Annual administration report of the Civil Veterinary Department of India - 1906-1907
Year: 1906
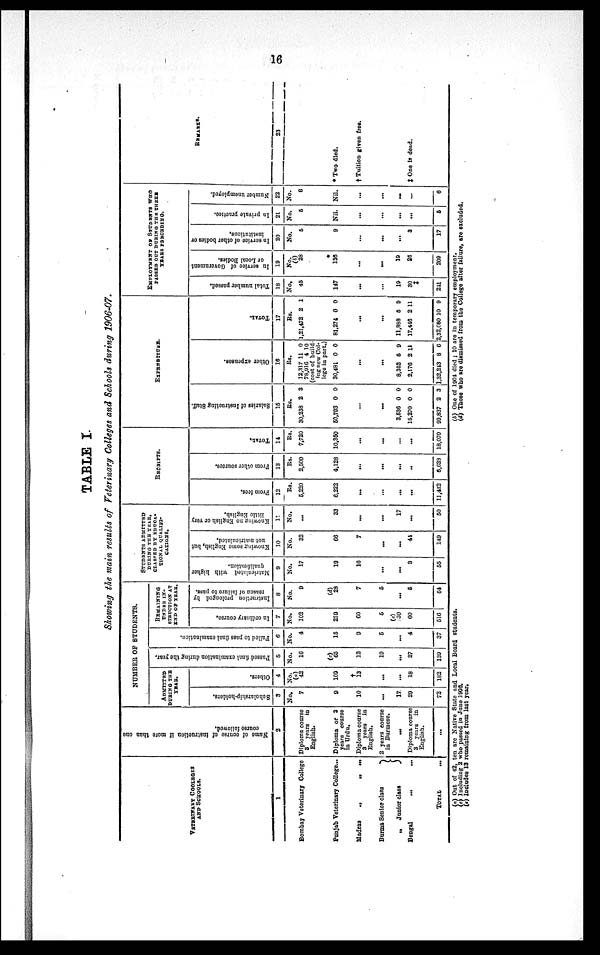
16
TABLE I.
Showing the main results of Veterinary Colleges and Schools during 1906-07.
VETERINARY COOLEGES
AND SCHOOLS.
1
Bombay Veterinary College
Punjab Veterinary College...
Madras
„
„
...
Burma Senior class
}
„
Junior class
Bengal
...
...
TOTAL
...
Name of course of instruction if more than one
course followed.
2
Diploma course
3 years
in
English.
Diploma or 3
years course
in Urdu.
Diploma course
3
years
in
English.
2 years course
in Burmese.
...
Diploma course
3 years
in
English.
...
NUMBER OF STUDENTS.
ADMITTED
DURING THE
YEAR.
Scholarship-holders.
3
No.
7
9
10
...
17
29
72
Others.
4
No.
(a)
42
109
†
13
...
...
18
182
Passed final examination during the year.
5
No.
16
(c)
65
12
19
...
27
139
Failed to pass final examination.
6
No.
4
15
9
5
...
4
37
REMAINING
UNDER IN¬
STRUCTION AT
END OF YEAR.
In ordinary course.
7
No.
102
250
60
5
(e)
30
60
516
Instruction prolonged by
reason of failure to pass.
8
No.
9
(d)
28
7
5
...
5
54
STUDENTS ADMITTED
DURING THE YEAR,
CLASSED BY EDUCA-
TIONAL QUALIFI-
CATIONS.
Matriculated with higher
qualification.
9
No.
17
19
16
...
...
3
55
Knowing some English, but
not matriculated.
10
No.
32
66
7
...
...
44
149
Knowing no English or very
little English.
11
No.
...
33
...
...
17
...
50
RECEIPTS.
From fees.
12
Rs.
5,220
6,222
...
...
...
...
11,442
From other sources.
13
Rs.
2,500
4,128
...
...
...
..
6,628
TOTAL.
14
Rs.
7,720
10,350
...
...
...
...
18,070
EXPENDITURE.
Salaries of I ns t
r uct i
ng St af f .
15
Rs.
30,238
50,793
...
...
3,536
15,270
99,837
2
0
0
0
2
3
0
0
0
3
Ot her expenses.
16
Rs.
12,317
78,916
11
4
0
10
(cost of build
ing new Col-
lege in part.)
30,481
...
...
8,352
2,176
1,32,243
0
5
2
8
0
9
11
6
TOTAL.
17
Rs
.
1,21,472
81,274
...
...
11,838
17,446
2,32,680 1
2
0
5
2 1
0
1
0
9
1
9
EMPLOYMENT OF STUDENTS WHO
PASSED OUT DURING THE THREE
YEAR
PRECEDING.
Total number passed.
18
No.
45
147
...
...
19
30
‡
241
In service of Government
or Local Bodies.
19
No.
(b)
28
136
...
...
19
26
209
In service of other bodies or
institutions.
20
No.
5
9
...
...
...
3
17
In private practice
21
No.
5
Nil.
...
...
...
...
5
Number unemployed.
22
No.
6
Nil.
...
...
...
...
6
REMARKS.
23
* Two died.
† Tuition given free.
‡ One is dead.
( a) Out of 42, ten are Native State and Local Board students.
(c) Including 2 who passed in June 1906.
(e) Includes 13 remaining from last year.
(b) One of 1901 died ; 10 are in temporary employment.
(d) Those who are dismissed from the College after failure, are excluded.